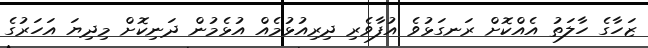
ޒަހާގެ ހާލަތު އެއްކޮށް ރަނގަޅުވެ އުފާވެރި ދިރިއުޅުމެއް އުޅެމުން ދަނިކޮށް މިދިޔަ އަހަރުގެ